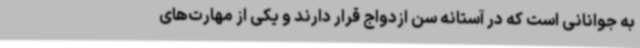
به جوانانی است که در آستانه سن ازدواج قرار دارند و یکی از مهارت‌های